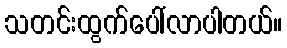
သတင်းထွက်ပေါ်လာပါတယ်။